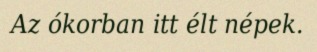
Az ókorban itt élt népek.